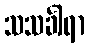
သသင်္ခါရာ